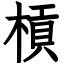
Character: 槓